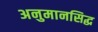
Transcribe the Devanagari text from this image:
अनुमानसिद्ध